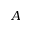
A